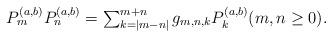
LaTeX: \begin{align*}\textstyle P_m^{(a,b)}P_n^{(a,b)}= \sum_{k=|m-n|}^{m+n} g_{m,n,k}P_k^{(a,b)} (m,n\ge0). \end{align*}